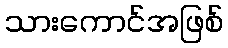
သားကောင်အဖြစ်